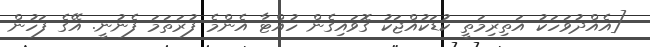
[އެއްދުވަހަކު އަތިރިމަތީ ކުޑަކުއްޖަކު ގޮވައިގެން ހުއްޓާ އެންމެ ފުރަތަމަ ފެނުނީ. އޭގެ ފަހުން